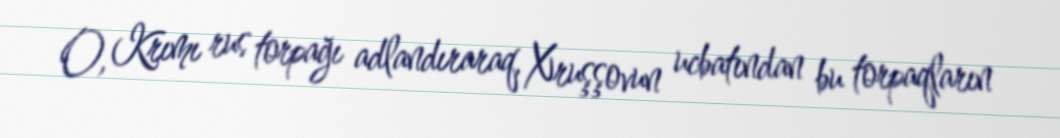
O, Krımı rus torpağı adlandıraraq, Xruşşovun ucbatından bu torpaqların